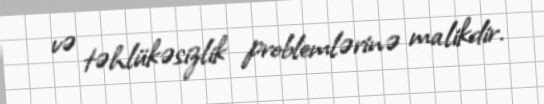
və təhlükəsizlik problemlərinə malikdir.